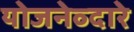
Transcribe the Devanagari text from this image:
योजनेव्दारे